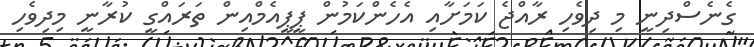
ގެނެސްދިނީ މި ދިވެހި ރާއްޖެ ކަމަށާއި އެހެންކަމުން ޕީޕީއެމްއިން ތަރައްގީ ކުރާނީ މިދިވެހި